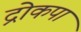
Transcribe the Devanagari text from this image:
द्रोकपा